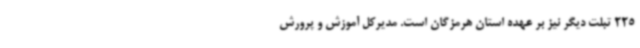
225 تبلت دیگر نیز بر عهده استان هرمزگان است. مدیرکل آموزش و پرورش